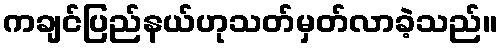
ကချင်ပြည်နယ်ဟုသတ်မှတ်လာခဲ့သည်။